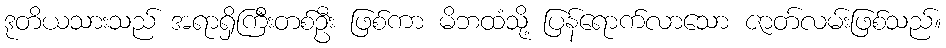
ဒုတိယသားသည် အရာရှိကြီးတစ်ဦး ဖြစ်ကာ မိဘထံသို့ ပြန်ရောက်လာသော ဇာတ်လမ်းဖြစ်သည်။